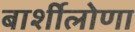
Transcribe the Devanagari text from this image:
बार्शीलोणा